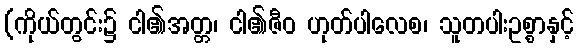
(ကိုယ်တွင်း၌ ငါ၏အတ္တ၊ ငါ၏ဇီဝ ဟုတ်ပါလေစ၊ သူတပါးဥစ္စာနှင့်